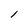
Character: l